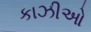
કાઝીઓ